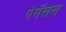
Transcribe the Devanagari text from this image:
पेगॅसस